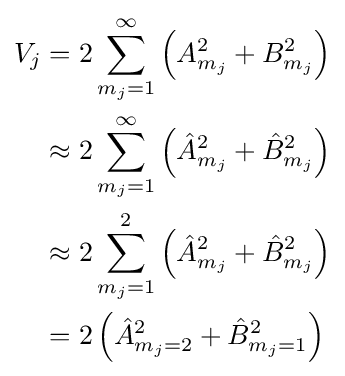
{\begin{aligned}V_{j}&=2\sum _{m_{j}=1}^{\infty }\left(A_{m_{j}}^{2}+B_{m_{j}}^{2}\right)\\&\approx 2\sum _{m_{j}=1}^{\infty }\left({\hat {A}}_{m_{j}}^{2}+{\hat {B}}_{m_{j}}^{2}\right)\\&\approx 2\sum _{m_{j}=1}^{2}\left({\hat {A}}_{m_{j}}^{2}+{\hat {B}}_{m_{j}}^{2}\right)\\&=2\left({\hat {A}}_{m_{j}=2}^{2}+{\hat {B}}_{m_{j}=1}^{2}\right)\end{aligned}}